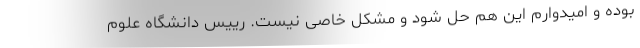
بوده و امیدوارم این هم حل شود و مشکل خاصی نیست. رییس دانشگاه علوم